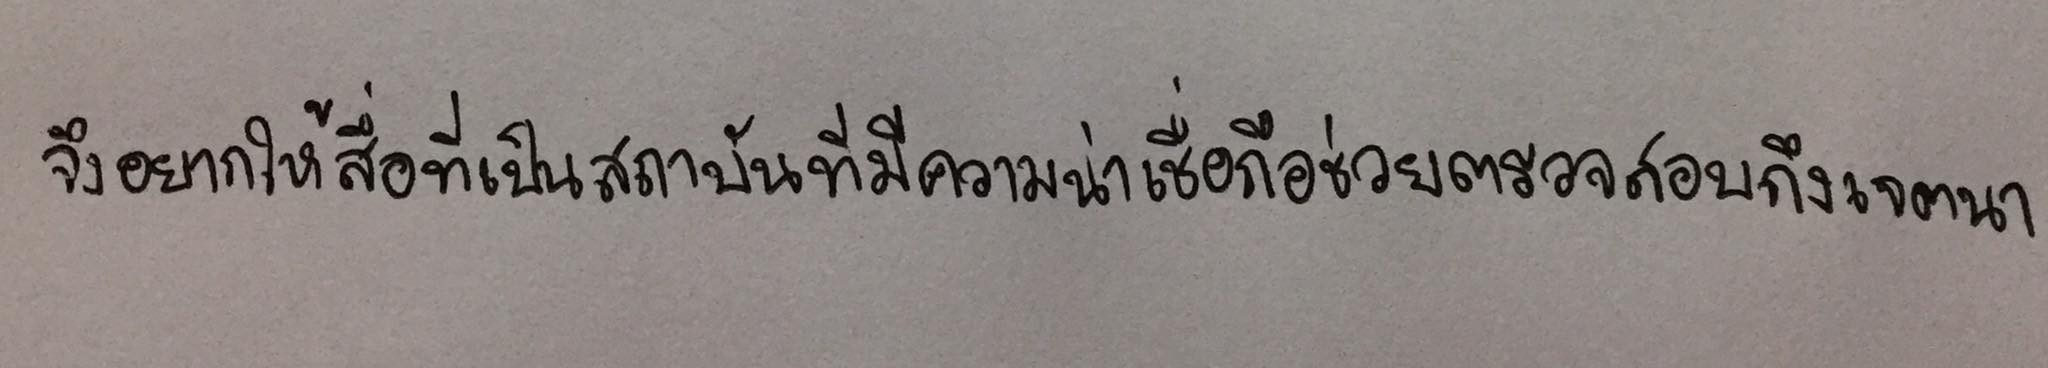
จึงอยากให้สื่อที่เป็นสถาบันที่มีความน่าเชื่อถือช่วยตรวจสอบถึงเจตนา